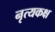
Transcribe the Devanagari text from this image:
नृत्यकक्ष